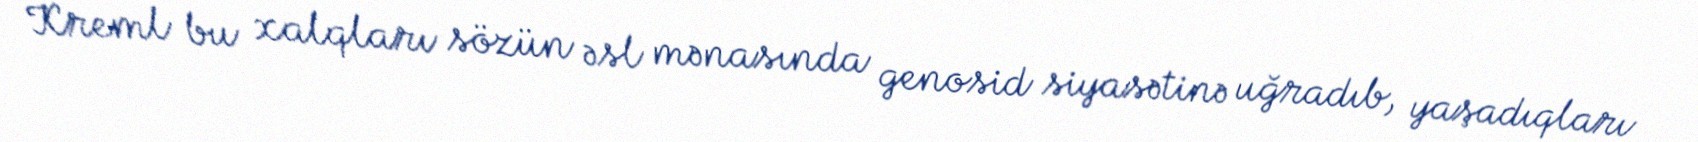
Kreml bu xalqları sözün əsl mənasında genosid siyasətinə uğradıb, yaşadıqları